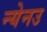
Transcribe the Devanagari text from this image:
न्येनउ